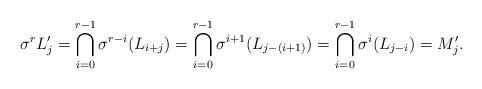
LaTeX: \begin{align*}\sigma^r L'_{j}=\bigcap_{i=0}^{r-1}\sigma^{r-i}(L_{i+j})=\bigcap_{i=0}^{r-1}\sigma^{i+1}(L_{j-(i+1)})=\bigcap_{i=0}^{r-1}\sigma^{i}(L_{j-i})=M'_{j}.\end{align*}